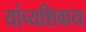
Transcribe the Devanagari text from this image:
यांच्यशिवाय